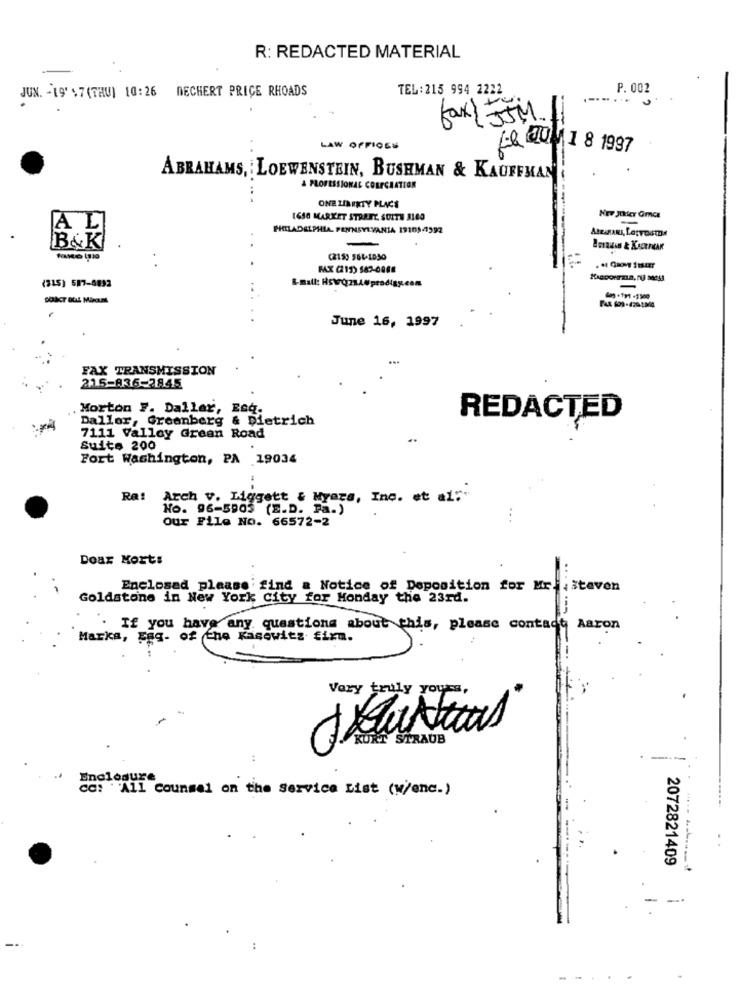
R: REDACTED MATERIAL
JUN. - 19' $7 (THU] 10:26 DECHERT PRICE RHOADS
TEL:215 994 2222
P. 002
fax+ 554
LAW OFFICES
Le 20 1 1 8 1997
ABRAHAMS, LOEWENSTEIN, BUSHMAN & KAUFFMAN
& PROFESSIONAL CORPGRATION
ONE LIBERTY PLACE
1650 MARKET STREFY, SUITE 3100
Nee Jüfer Gmc
AL
PHILADELPHIA, PENNSYLVANIA 19105-4392
-
B&K
(215) 564-1030
PAX (2155 563-6088
(315) 587-8832
-
..
. .
June 16, 1997
FAX TRANSMISSION
215-836-2845
Morton F. Daller, Esq.
Dallor, Greenberg & Dietrich
REDACTED
7111 Valley Green Road
Suite 200
Fort Washington, PA 19034
Ra: Arch v. Liggett & Myara, Inc. et al:"
No. 96-5903 (E.D. Pa.)
our File NO. 66572-2
...
Doar Kort:
Enclosed please find a Notice of Deposition for Mr. : steven
Goldstone in New York City for Honday the 23rd.
If you have any questions about this, please contact Aaron
Marka, Fag- of the Kasewitz fixm.
Vary truly yours,
KURT STRAUB
Enclosure
cc: "All Counsel on the Service List (w/enc.)
2072821409
-.
....